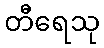
တီရေသု